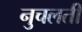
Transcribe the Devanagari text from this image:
नुचलती